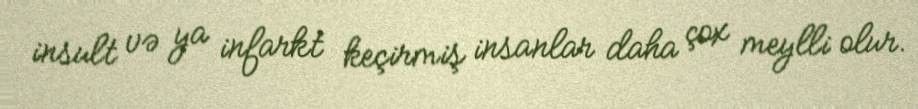
insult və ya infarkt keçirmiş insanlar daha çox meylli olur.